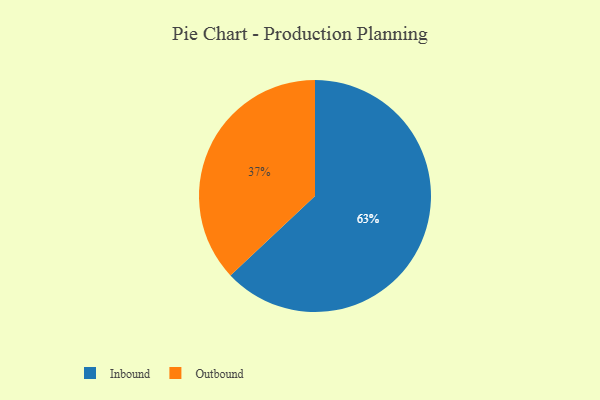
{"axis": {"x": "Category", "y": "Percentage"}, "legend": ["Inbound", "Outbound"], "data": [{"x": "Inbound", "y": 63, "type": "Inbound"}, {"x": "Outbound", "y": 37, "type": "Outbound"}]}